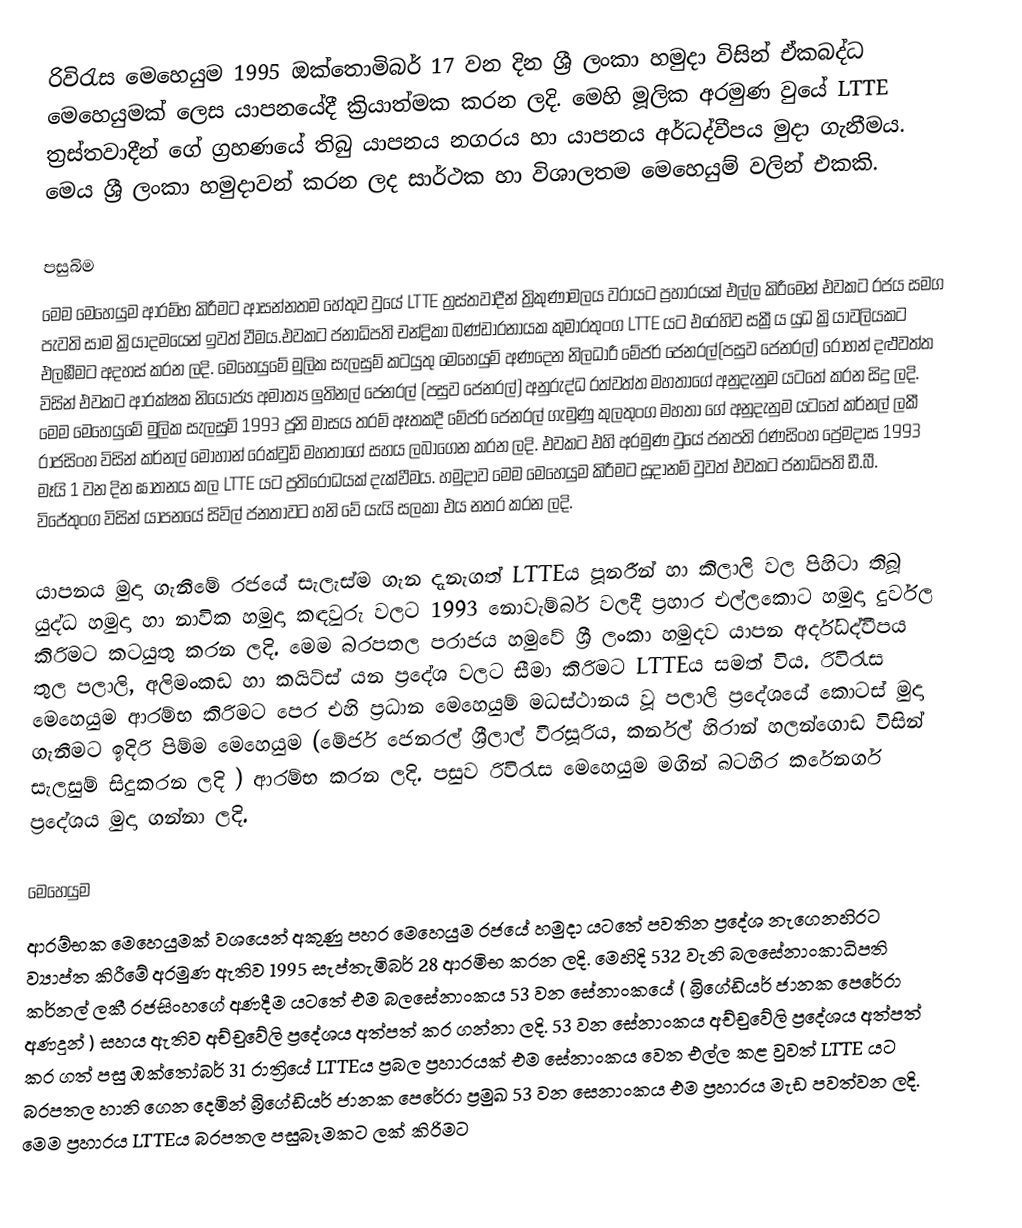
රිවිරැස මෙහෙයුම 1995 ඔක්තොමිබර් 17 වන දින ශ්‍රී ලංකා හමුදා විසින් ඒකබද්ධ මෙහෙයුමක් ලෙස යාපනයේදී ක්‍රියාත්මක කරන ලදි. මෙහි මූලික අරමුණ වුයේ LTTE  ත්‍රස්තවාදීන් ගේ ග්‍රහණයේ තිබු යාපනය නගරය හා යාපනය අර්ධද්වීපය මුදා ගැනීමය. මෙය ශ්‍රී ලංකා හමුදාවන් කරන ලද සාර්ථක හා විශාලතම මෙහෙයුම් වලින් එකකි.

පසුබිම
මෙම මෙහෙයුම ආරම්භ කිරීමට ආසන්නතම හේතුව වුයේ LTTE ත්‍රස්තවාදීන් ත්‍රිකුණාමලය වරායට ප්‍රහාරයක් එල්ල කිරීමෙන් එවකට රජය සමග පැවති සාම ක්‍රියාදමයෙන් ඉවත් වීමය.එවකට ජනාධිපති චන්ද්‍රිකා බණ්ඩාරනායක කුමාරතුංග LTTE  යට එරෙහිව සක්‍රීය යුධ ක්‍රියාවලියකට එලඹීමට අදහස් කරන ලදි. මෙහෙයුමේ මුලික සැලසුම් කටයුතු මෙහෙයුම් අණදෙන නිලධාරී මේජර් ජෙනරල්(පසුව ජෙනරල්) රොහන් දළුවත්ත විසින් එවකට ආරක්ෂක නියෝජ්‍ය අමාත්‍ය ලුතිනල් ජෙනරල් (පසුව ජෙනරල්) අනුරුද්ධ රත්වත්ත මහතාගේ අනුදැනුම යටතේ කරන සිදු ලදි. මෙම මෙහෙයුමේ මුලික සැලසුම් 1993 ජූනි මාසය තරම් ඈතකදී මේජර් ජෙනරල් ගැමුණු කුලතුංග මහතා ගේ අනුදැනුම යටතේ කර්නල් ලකී රාජසිංහ විසින් කර්නල් මොහාන් රෙක්වුඩ් මහතාගේ සහය ලබාගෙන කරන ලදි. එවකට එහි අරමුණ වුයේ ජනපති රණසිංහ ප්‍රේමදාස 1993 මෑයි 1 වන දින ඝාතනය කල LTTE යට ප්‍රතිරෝධයක් දැක්වීමය. හමුදාව මෙම මෙහෙයුම කිරීමට සූදානම් වුවත් එවකට ජනාධිපති ඩී.බී. විජේතුංග විසින් යාපනයේ සිවිල් ජනතාවට හනි වේ යැයි සලකා එය නතර කරන ලදි.

යාපනය මුදා ගැනීමේ රජයේ සැලැස්ම ගැන දැනැගත් LTTEය පූනරීන් හා කිලාලි වල පිහිටා තිබූ යුද්ධ හමුදා හා නාවික හමුදා කඳවුරු වලට 1993 නොවැම්බර් වලදී ප්‍රහාර එල්ලකොට හමුදා දුර්වල කිරිමට කටයුතු කරන ලදි.  මෙම බරපතල පරාජය හමුවේ ශ්‍රී ලංකා හමුදව යාපන අර්ද්ධද්වීපය තුල පලාලි, අලිමංකඩ හා කයිට්ස් යන ප්‍රදේශ වලට සීමා කිරිමට LTTEය සමත් විය. රිවිරැස මෙහෙයුම ආරම්භ කිරිමට පෙර එහි ප්‍රධාන මෙහෙයුම් මධස්ථානය වූ පලාලි ප්‍රදේශයේ කොටස් මුදා ගැනීමට ඉදිරි පිම්ම මෙහෙයුම (මේජර් ජෙනරල් ශ්‍රීලාල් වීරසූරිය, කර්නල් හිරාන් හලන්ගොඩ විසින් සැලසුම් සිදුකරන ලදි ) ආරම්භ කරන ලදි. පසුව රිවිරැස මෙහෙයුම මගින් බටහිර කරේනගර් ප්‍රදේශය මුදා ගන්නා ලදි.

මෙහෙයුම
ආරම්භක මෙහෙයුමක් වශයෙන් අකුණු පහර මෙහෙයුම රජයේ හමුදා යටතේ පවතින ප්‍රදේශ නැගෙනහිරට ව්‍යාප්ත කිරීමේ අරමුණ ඇතිව 1995 සැප්තැමිබර් 28 ආරමිභ කරන ලදි. මෙහිදි 532 වැනි බලසේනාංකාධිපති කර්නල් ලකී රජසිංහගේ අණදීම යටතේ එම බලසේනාංකය 53 වන සේනාංකයේ ( බ්‍රිගේඩියර් ජානක පෙරේරා අණදුන් ) සහය ඇතිව අච්චුවේලි ප්‍රදේශය අත්පත් කර ගන්නා ලදි. 53 වන සේනාංකය අච්චුවේලි ප්‍රදේශය අත්පත් කර ගත් පසු ඹක්තෝබර් 31 රාත්‍රියේ LTTEය  ප්‍රබල ප්‍රහාරයක් එම සේනාංකය වෙත එල්ල කළ වුවත් LTTE යට බරපතල හානි ගෙන දෙමින් බ්‍රිගේඩියර් ජානක පෙරේරා ප්‍රමුඛ 53 වන සෙනාංකය එම ප්‍රහාරය මැඩ පවත්වන ලදි. මෙම ප්‍රහාරය LTTEය බරපතල පසුබෑමකට ලක් කිරිමට